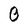
Character: 0